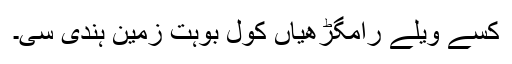
کسے ویلے رامگڑھیاں کول بوہت زمین ہُندی سی۔